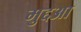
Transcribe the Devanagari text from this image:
मुद्दआ